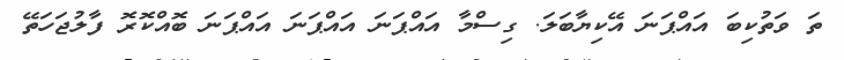
ތަ ވަތުކިބަ އައްޕަނަ އޭކިޔާބަލަ. ގިސްމާ އައްޕަނަ އައްޕަނަ އައްޕަނަ ބޮއްކޮރޮ ފާލުޖަހަތޭ